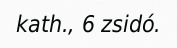
kath., 6 zsidó.